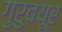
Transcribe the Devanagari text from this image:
गुरुवयूर